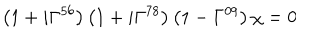
LaTeX: \left( 1 + i \Gamma ^ { 5 6 } \right) \left( 1 + i \Gamma ^ { 7 8 } \right) \left( 1 - \Gamma ^ { 0 9 } \right) \chi = 0